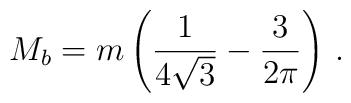
M_b=m \left( \frac 1{4\sqrt{3}} -\frac 3{2\pi} \right)\,.